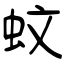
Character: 蚊